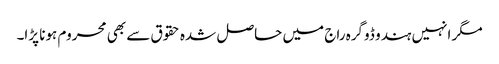
مگر انہیں ہندو ڈوگرہ راج میں حاصل شدہ حقوق سے بھی محروم ہونا پڑا۔